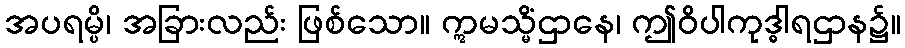
အပရမ္ပိ၊ အခြားလည်း ဖြစ်သော။ ဣမသ္မိံဌာနေ၊ ဤဝိပါကုဒ္ဓါရဌာန၌။